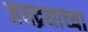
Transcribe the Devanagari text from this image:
जयद्रथाच्या